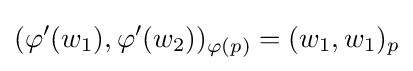
(\varphi ^{\prime }(w_{1}),\varphi ^{\prime }(w_{2}))_{\varphi (p)}=(w_{1},w_{1})_{p}